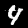
Digit: 4